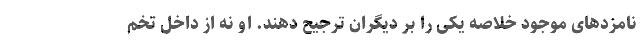
نامزدهای موجود خلاصه یکی را بر دیگران ترجیح دهند. او نه از داخل تخم